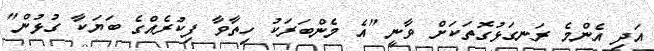
އަދި އެންމެ ރަނގަޅުގޮތަކަށް ވާނީ "އެ މެންބަރަކު ހިތާވާ ފިކުރެއްގެ ބަޔަކާ ގުޅުން"